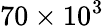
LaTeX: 70\times 10^{3}